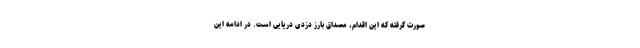
صورت گرفته که این اقدام، مصداق بارز دزدی دریایی است. در ادامه این